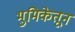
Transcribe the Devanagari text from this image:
भुमिकेतून